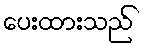
ပေးထားသည်